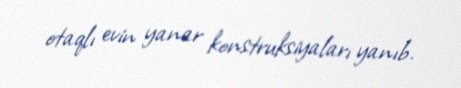
otaqlı evin yanar konstruksiyaları yanıb.